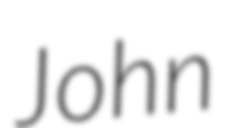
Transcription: John